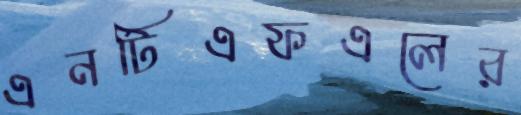
এনটিএফএলের